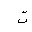
Letter: _ta